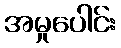
အမှုပေါင်း